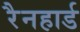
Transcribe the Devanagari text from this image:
रैनहार्ड